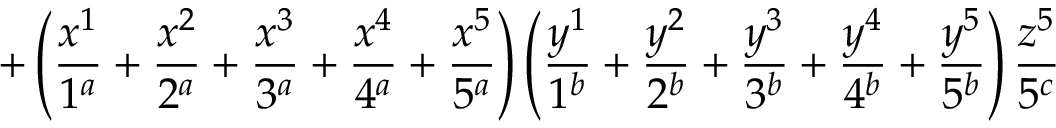
+ \left( \frac { x ^ { 1 } } { 1 ^ { a } } + \frac { x ^ { 2 } } { 2 ^ { a } } + \frac { x ^ { 3 } } { 3 ^ { a } } + \frac { x ^ { 4 } } { 4 ^ { a } } + \frac { x ^ { 5 } } { 5 ^ { a } } \right) \left( \frac { y ^ { 1 } } { 1 ^ { b } } + \frac { y ^ { 2 } } { 2 ^ { b } } + \frac { y ^ { 3 } } { 3 ^ { b } } + \frac { y ^ { 4 } } { 4 ^ { b } } + \frac { y ^ { 5 } } { 5 ^ { b } } \right) \frac { z ^ { 5 } } { 5 ^ { c } }